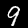
Label: 9